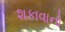
શકાવાનો